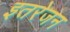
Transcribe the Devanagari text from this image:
इतरेजन